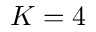
K = 4